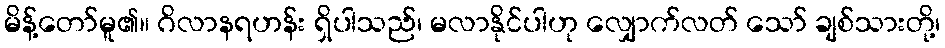
မိန့်တော်မူ၏။ ဂိလာနရဟန်း ရှိပါသည်၊ မလာနိုင်ပါဟု လျှောက်လတ် သော် ချစ်သားတို့၊